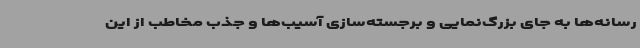
رسانه‌ها به جای بزرگ‌نمایی و برجسته‌سازی آسیب‌ها و جذب مخاطب از این